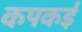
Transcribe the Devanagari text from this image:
कपकई